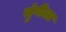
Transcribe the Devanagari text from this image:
मुंगीला